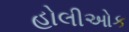
હોલીઓક